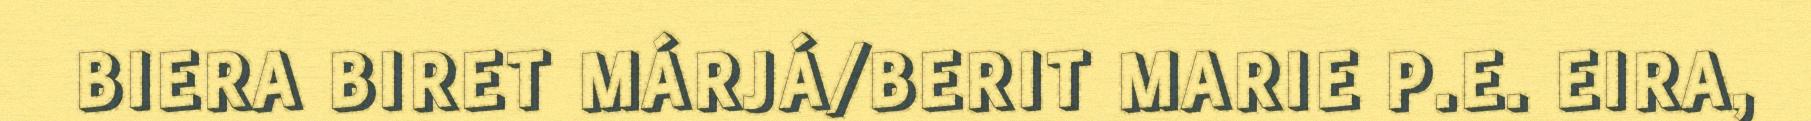
BIERA BIRET MÁRJÁ/BERIT MARIE P.E. EIRA,